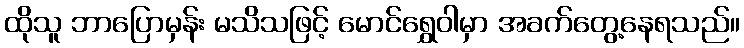
ထိုသူ ဘာပြောမှန်း မသိသဖြင့် မောင်ရွှေဝါမှာ အခက်တွေ့နေရသည်။